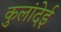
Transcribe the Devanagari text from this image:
कुलांदेई